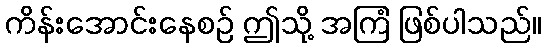
ကိန်းအောင်းနေစဉ် ဤသို့ အကြံ ဖြစ်ပါသည်။